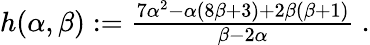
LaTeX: \begin{array}{r}{h(\alpha,\beta):=\frac{7\alpha^{2}-\alpha(8\beta+3)+2\beta(\beta+1)}{\beta-2\alpha}\ .}\end{array}